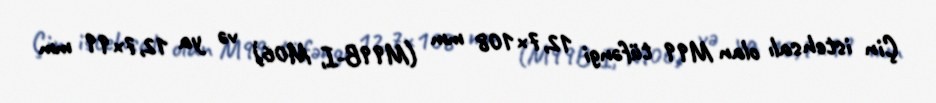
Çin istehsalı olan M99 tüfəngi 12,7×108 mm (M99B-I, M06) və ya 12,7×99 mm